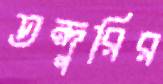
তন্দুরির